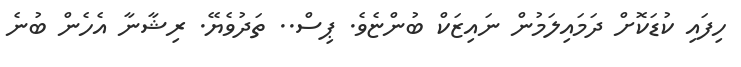
ހިފައި ކުޑަކޮށް ދަމައިލަމުން ނައިޒަކް ބުންޏެވެ. ޕިސް.. ތަދުވެޔޭ. ރިޝާނާ އެހެން ބުނެ